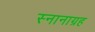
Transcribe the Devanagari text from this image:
स्नानाग्रह